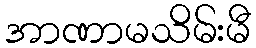
အာဏာမသိမ်းမီ